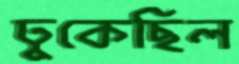
ঢুকেছিল